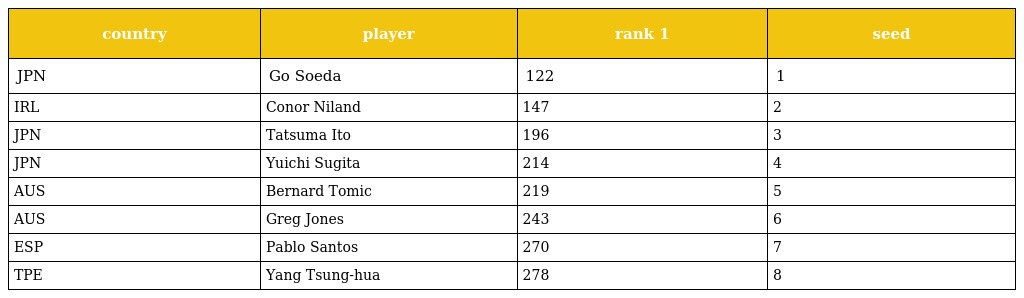
| country | player | rank 1 | seed |
 | --- | --- | --- | --- |
 | JPN | Go Soeda | 122 | 1 |
 | IRL | Conor Niland | 147 | 2 |
 | JPN | Tatsuma Ito | 196 | 3 |
 | JPN | Yuichi Sugita | 214 | 4 |
 | AUS | Bernard Tomic | 219 | 5 |
 | AUS | Greg Jones | 243 | 6 |
 | ESP | Pablo Santos | 270 | 7 |
 | TPE | Yang Tsung-hua | 278 | 8 |